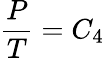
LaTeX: {\frac{P}{T}}=C_{4}